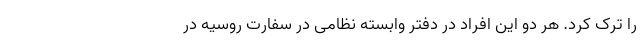
را ترک کرد. هر دو این افراد در دفتر وابسته نظامی در سفارت روسیه در